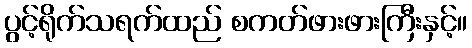
ပွင့်ရိုက်သရက်ထည် စကတ်ဖားဖားကြီးနှင့်။